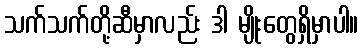
သက်သက်တို့ဆီမှာလည်း ဒါ မျိုးတွေရှိမှာပါ။